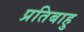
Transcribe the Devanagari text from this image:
प्रतिबाहु